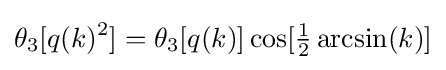
\theta _{3}[q(k)^{2}]=\theta _{3}[q(k)]\cos[{\tfrac {1}{2}}\arcsin(k)]